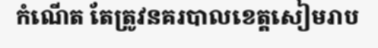
កំណើត តែត្រូវនគរបាលខេត្តសៀមរាប